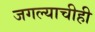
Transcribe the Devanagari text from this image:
जगल्याचीही